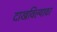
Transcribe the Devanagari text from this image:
दाखविल्यावर